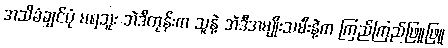
အသိခံချင်ပုံ မရဘူး အဲဒီတုန်းက သူနဲ့ အဲဒီအမျိုးသမီးနဲ့က ကြည်ကြည်ဖြူဖြူ